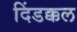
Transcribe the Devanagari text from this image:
दिंडक्कल